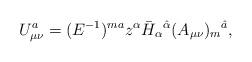
LaTeX: \begin{align*}U_{\mu \nu }^a = (E^{-1})^{ma} z^\alpha \bar{H}_\alpha {}^{\hat{\alpha }}(A_{\mu \nu })_m{}^{\hat{a}},\end{align*}